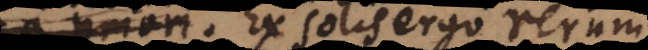
Ex solis ergo rerum